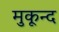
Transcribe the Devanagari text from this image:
मुकून्द